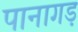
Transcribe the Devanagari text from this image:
पानागड़